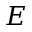
E